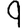
Digit: 9